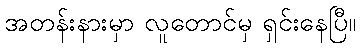
အတန်းနားမှာ လူတောင်မှ ရှင်းနေပြီ။